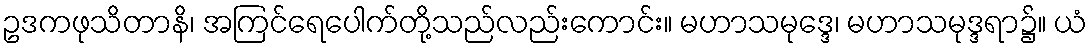
ဥဒကဖုသိတာနိ၊ အကြင်ရေပေါက်တို့သည်လည်းကောင်း။ မဟာသမုဒ္ဒေ၊ မဟာသမုဒ္ဒရာ၌။ ယံ